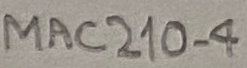
Text: MAC210-4